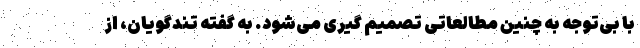
با بی‌توجه به چنین مطالعاتی تصمیم گیری می‌شود. به گفته تندگویان، از